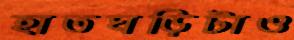
হাতঘড়িটাও